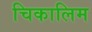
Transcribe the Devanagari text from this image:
चिकालिम